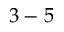
3 - 5